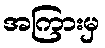
အကြားမှ